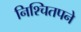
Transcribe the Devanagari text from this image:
निश्चितपने